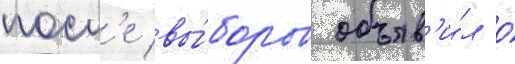
посл'е вы́боров объяв'и́л о́